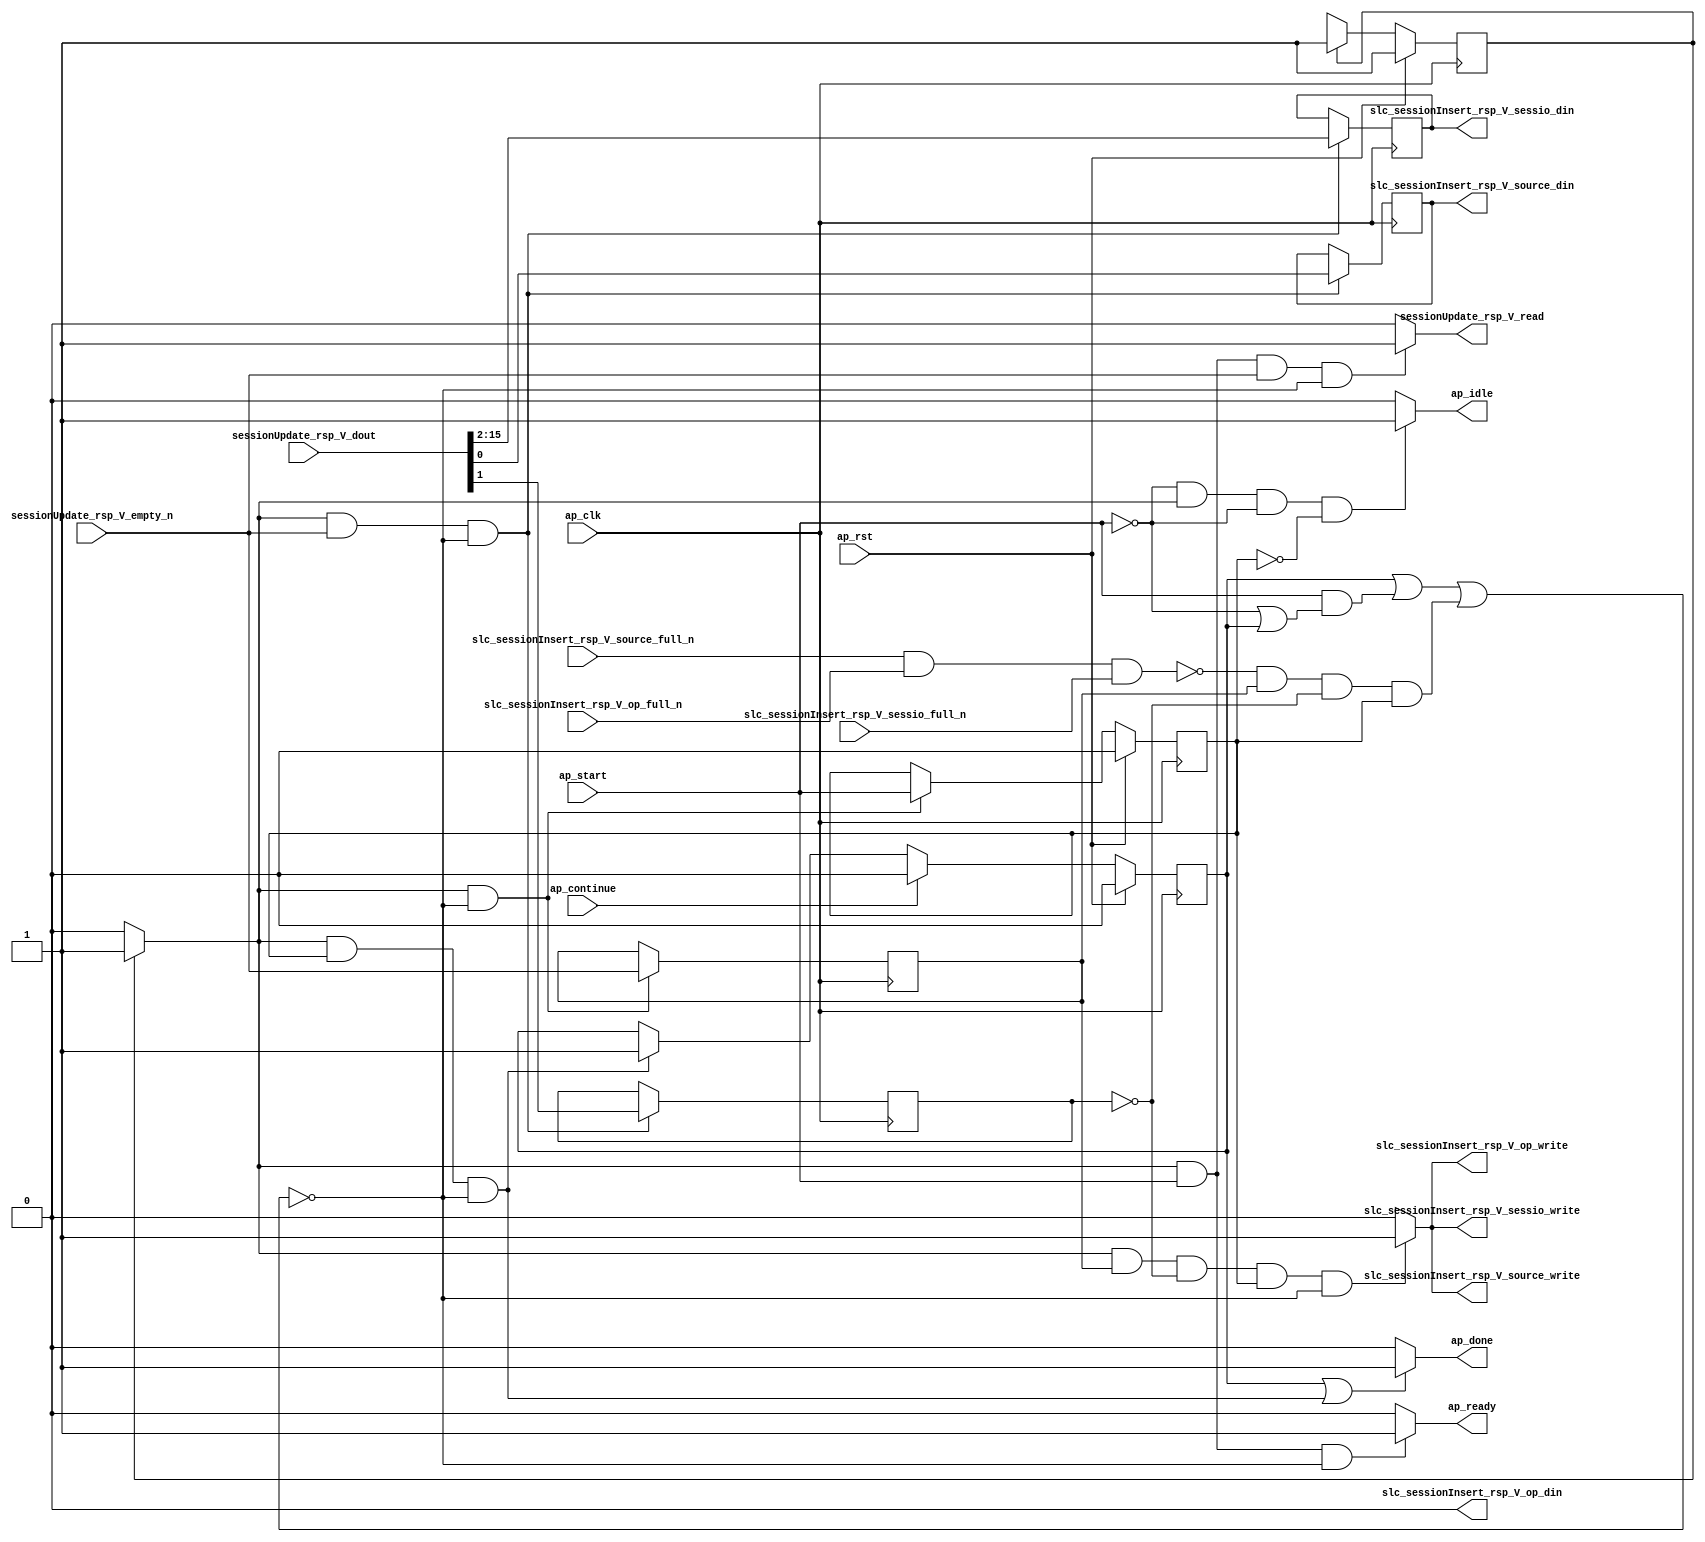
// This program was cloned from: https://github.com/mustafabbas/ECE1373_2016_hft_on_fpga
// License: MIT License

// ==============================================================
// RTL generated by Vivado(TM) HLS - High-Level Synthesis from C, C++ and SystemC
// Version: 2015.1
// Copyright (C) 2015 Xilinx Inc. All rights reserved.
// 
// ===========================================================

`timescale 1 ns / 1 ps 

module toe_updateReplyHandler (
        ap_clk,
        ap_rst,
        ap_start,
        ap_done,
        ap_continue,
        ap_idle,
        ap_ready,
        sessionUpdate_rsp_V_dout,
        sessionUpdate_rsp_V_empty_n,
        sessionUpdate_rsp_V_read,
        slc_sessionInsert_rsp_V_source_din,
        slc_sessionInsert_rsp_V_source_full_n,
        slc_sessionInsert_rsp_V_source_write,
        slc_sessionInsert_rsp_V_op_din,
        slc_sessionInsert_rsp_V_op_full_n,
        slc_sessionInsert_rsp_V_op_write,
        slc_sessionInsert_rsp_V_sessio_din,
        slc_sessionInsert_rsp_V_sessio_full_n,
        slc_sessionInsert_rsp_V_sessio_write
);

parameter    ap_const_logic_1 = 1'b1;
parameter    ap_const_logic_0 = 1'b0;
parameter    ap_ST_pp0_stg0_fsm_0 = 1'b1;
parameter    ap_const_lv32_0 = 32'b00000000000000000000000000000000;
parameter    ap_const_lv1_1 = 1'b1;
parameter    ap_const_lv1_0 = 1'b0;
parameter    ap_const_lv32_1 = 32'b1;
parameter    ap_const_lv32_2 = 32'b10;
parameter    ap_const_lv32_F = 32'b1111;
parameter    ap_true = 1'b1;

input   ap_clk;
input   ap_rst;
input   ap_start;
output   ap_done;
input   ap_continue;
output   ap_idle;
output   ap_ready;
input  [15:0] sessionUpdate_rsp_V_dout;
input   sessionUpdate_rsp_V_empty_n;
output   sessionUpdate_rsp_V_read;
output  [0:0] slc_sessionInsert_rsp_V_source_din;
input   slc_sessionInsert_rsp_V_source_full_n;
output   slc_sessionInsert_rsp_V_source_write;
output  [0:0] slc_sessionInsert_rsp_V_op_din;
input   slc_sessionInsert_rsp_V_op_full_n;
output   slc_sessionInsert_rsp_V_op_write;
output  [13:0] slc_sessionInsert_rsp_V_sessio_din;
input   slc_sessionInsert_rsp_V_sessio_full_n;
output   slc_sessionInsert_rsp_V_sessio_write;

reg ap_done;
reg ap_idle;
reg ap_ready;
reg sessionUpdate_rsp_V_read;
reg    ap_done_reg = 1'b0;
(* fsm_encoding = "none" *) reg   [0:0] ap_CS_fsm = 1'b1;
reg    ap_sig_cseq_ST_pp0_stg0_fsm_0;
reg    ap_sig_bdd_20;
wire    ap_reg_ppiten_pp0_it0;
reg    ap_reg_ppiten_pp0_it1 = 1'b0;
wire   [0:0] tmp15_nbreadreq_fu_68_p3;
reg    ap_sig_bdd_49;
wire    slc_sessionInsert_rsp_V_op1_status;
reg   [0:0] tmp15_reg_119;
reg   [0:0] tmp_906_reg_128;
reg    ap_sig_bdd_60;
wire   [0:0] tmp_source_fu_97_p1;
reg   [0:0] tmp_source_reg_123;
reg   [13:0] tmp_sessionID_V_reg_132;
reg    slc_sessionInsert_rsp_V_op1_update;
reg   [0:0] ap_NS_fsm;
reg    ap_sig_pprstidle_pp0;




/// the current state (ap_CS_fsm) of the state machine. ///
always @ (posedge ap_clk)
begin : ap_ret_ap_CS_fsm
    if (ap_rst == 1'b1) begin
        ap_CS_fsm <= ap_ST_pp0_stg0_fsm_0;
    end else begin
        ap_CS_fsm <= ap_NS_fsm;
    end
end

/// ap_done_reg assign process. ///
always @ (posedge ap_clk)
begin : ap_ret_ap_done_reg
    if (ap_rst == 1'b1) begin
        ap_done_reg <= ap_const_logic_0;
    end else begin
        if ((ap_const_logic_1 == ap_continue)) begin
            ap_done_reg <= ap_const_logic_0;
        end else if (((ap_const_logic_1 == ap_sig_cseq_ST_pp0_stg0_fsm_0) & (ap_const_logic_1 == ap_reg_ppiten_pp0_it1) & ~((ap_done_reg == ap_const_logic_1) | ((ap_const_logic_1 == ap_reg_ppiten_pp0_it0) & ap_sig_bdd_49) | (ap_sig_bdd_60 & (ap_const_logic_1 == ap_reg_ppiten_pp0_it1))))) begin
            ap_done_reg <= ap_const_logic_1;
        end
    end
end

/// ap_reg_ppiten_pp0_it1 assign process. ///
always @ (posedge ap_clk)
begin : ap_ret_ap_reg_ppiten_pp0_it1
    if (ap_rst == 1'b1) begin
        ap_reg_ppiten_pp0_it1 <= ap_const_logic_0;
    end else begin
        if (((ap_const_logic_1 == ap_sig_cseq_ST_pp0_stg0_fsm_0) & ~((ap_done_reg == ap_const_logic_1) | ((ap_const_logic_1 == ap_reg_ppiten_pp0_it0) & ap_sig_bdd_49) | (ap_sig_bdd_60 & (ap_const_logic_1 == ap_reg_ppiten_pp0_it1))))) begin
            ap_reg_ppiten_pp0_it1 <= ap_reg_ppiten_pp0_it0;
        end
    end
end

/// assign process. ///
always @(posedge ap_clk)
begin
    if (((ap_const_logic_1 == ap_sig_cseq_ST_pp0_stg0_fsm_0) & ~((ap_done_reg == ap_const_logic_1) | ((ap_const_logic_1 == ap_reg_ppiten_pp0_it0) & ap_sig_bdd_49) | (ap_sig_bdd_60 & (ap_const_logic_1 == ap_reg_ppiten_pp0_it1))))) begin
        tmp15_reg_119 <= tmp15_nbreadreq_fu_68_p3;
    end
end

/// assign process. ///
always @(posedge ap_clk)
begin
    if (((ap_const_logic_1 == ap_sig_cseq_ST_pp0_stg0_fsm_0) & ~(tmp15_nbreadreq_fu_68_p3 == ap_const_lv1_0) & ~((ap_done_reg == ap_const_logic_1) | ((ap_const_logic_1 == ap_reg_ppiten_pp0_it0) & ap_sig_bdd_49) | (ap_sig_bdd_60 & (ap_const_logic_1 == ap_reg_ppiten_pp0_it1))))) begin
        tmp_906_reg_128 <= sessionUpdate_rsp_V_dout[ap_const_lv32_1];
        tmp_sessionID_V_reg_132 <= {{sessionUpdate_rsp_V_dout[ap_const_lv32_F : ap_const_lv32_2]}};
        tmp_source_reg_123 <= tmp_source_fu_97_p1;
    end
end

/// ap_done assign process. ///
always @ (ap_done_reg or ap_sig_cseq_ST_pp0_stg0_fsm_0 or ap_reg_ppiten_pp0_it0 or ap_reg_ppiten_pp0_it1 or ap_sig_bdd_49 or ap_sig_bdd_60)
begin
    if (((ap_const_logic_1 == ap_done_reg) | ((ap_const_logic_1 == ap_sig_cseq_ST_pp0_stg0_fsm_0) & (ap_const_logic_1 == ap_reg_ppiten_pp0_it1) & ~((ap_done_reg == ap_const_logic_1) | ((ap_const_logic_1 == ap_reg_ppiten_pp0_it0) & ap_sig_bdd_49) | (ap_sig_bdd_60 & (ap_const_logic_1 == ap_reg_ppiten_pp0_it1)))))) begin
        ap_done = ap_const_logic_1;
    end else begin
        ap_done = ap_const_logic_0;
    end
end

/// ap_idle assign process. ///
always @ (ap_start or ap_sig_cseq_ST_pp0_stg0_fsm_0 or ap_reg_ppiten_pp0_it0 or ap_reg_ppiten_pp0_it1)
begin
    if ((~(ap_const_logic_1 == ap_start) & (ap_const_logic_1 == ap_sig_cseq_ST_pp0_stg0_fsm_0) & (ap_const_logic_0 == ap_reg_ppiten_pp0_it0) & (ap_const_logic_0 == ap_reg_ppiten_pp0_it1))) begin
        ap_idle = ap_const_logic_1;
    end else begin
        ap_idle = ap_const_logic_0;
    end
end

/// ap_ready assign process. ///
always @ (ap_done_reg or ap_sig_cseq_ST_pp0_stg0_fsm_0 or ap_reg_ppiten_pp0_it0 or ap_reg_ppiten_pp0_it1 or ap_sig_bdd_49 or ap_sig_bdd_60)
begin
    if (((ap_const_logic_1 == ap_sig_cseq_ST_pp0_stg0_fsm_0) & (ap_const_logic_1 == ap_reg_ppiten_pp0_it0) & ~((ap_done_reg == ap_const_logic_1) | ((ap_const_logic_1 == ap_reg_ppiten_pp0_it0) & ap_sig_bdd_49) | (ap_sig_bdd_60 & (ap_const_logic_1 == ap_reg_ppiten_pp0_it1))))) begin
        ap_ready = ap_const_logic_1;
    end else begin
        ap_ready = ap_const_logic_0;
    end
end

/// ap_sig_cseq_ST_pp0_stg0_fsm_0 assign process. ///
always @ (ap_sig_bdd_20)
begin
    if (ap_sig_bdd_20) begin
        ap_sig_cseq_ST_pp0_stg0_fsm_0 = ap_const_logic_1;
    end else begin
        ap_sig_cseq_ST_pp0_stg0_fsm_0 = ap_const_logic_0;
    end
end

/// ap_sig_pprstidle_pp0 assign process. ///
always @ (ap_start or ap_reg_ppiten_pp0_it0)
begin
    if (((ap_const_logic_0 == ap_reg_ppiten_pp0_it0) & (ap_const_logic_0 == ap_start))) begin
        ap_sig_pprstidle_pp0 = ap_const_logic_1;
    end else begin
        ap_sig_pprstidle_pp0 = ap_const_logic_0;
    end
end

/// sessionUpdate_rsp_V_read assign process. ///
always @ (ap_done_reg or ap_sig_cseq_ST_pp0_stg0_fsm_0 or ap_reg_ppiten_pp0_it0 or ap_reg_ppiten_pp0_it1 or tmp15_nbreadreq_fu_68_p3 or ap_sig_bdd_49 or ap_sig_bdd_60)
begin
    if (((ap_const_logic_1 == ap_sig_cseq_ST_pp0_stg0_fsm_0) & (ap_const_logic_1 == ap_reg_ppiten_pp0_it0) & ~(tmp15_nbreadreq_fu_68_p3 == ap_const_lv1_0) & ~((ap_done_reg == ap_const_logic_1) | ((ap_const_logic_1 == ap_reg_ppiten_pp0_it0) & ap_sig_bdd_49) | (ap_sig_bdd_60 & (ap_const_logic_1 == ap_reg_ppiten_pp0_it1))))) begin
        sessionUpdate_rsp_V_read = ap_const_logic_1;
    end else begin
        sessionUpdate_rsp_V_read = ap_const_logic_0;
    end
end

/// slc_sessionInsert_rsp_V_op1_update assign process. ///
always @ (ap_done_reg or ap_sig_cseq_ST_pp0_stg0_fsm_0 or ap_reg_ppiten_pp0_it0 or ap_reg_ppiten_pp0_it1 or ap_sig_bdd_49 or tmp15_reg_119 or tmp_906_reg_128 or ap_sig_bdd_60)
begin
    if (((ap_const_logic_1 == ap_sig_cseq_ST_pp0_stg0_fsm_0) & ~(ap_const_lv1_0 == tmp15_reg_119) & (ap_const_lv1_0 == tmp_906_reg_128) & (ap_const_logic_1 == ap_reg_ppiten_pp0_it1) & ~((ap_done_reg == ap_const_logic_1) | ((ap_const_logic_1 == ap_reg_ppiten_pp0_it0) & ap_sig_bdd_49) | (ap_sig_bdd_60 & (ap_const_logic_1 == ap_reg_ppiten_pp0_it1))))) begin
        slc_sessionInsert_rsp_V_op1_update = ap_const_logic_1;
    end else begin
        slc_sessionInsert_rsp_V_op1_update = ap_const_logic_0;
    end
end
/// the next state (ap_NS_fsm) of the state machine. ///
always @ (ap_done_reg or ap_CS_fsm or ap_reg_ppiten_pp0_it0 or ap_reg_ppiten_pp0_it1 or ap_sig_bdd_49 or ap_sig_bdd_60 or ap_sig_pprstidle_pp0)
begin
    case (ap_CS_fsm)
        ap_ST_pp0_stg0_fsm_0 : 
        begin
            ap_NS_fsm = ap_ST_pp0_stg0_fsm_0;
        end
        default : 
        begin
            ap_NS_fsm = 'bx;
        end
    endcase
end

assign ap_reg_ppiten_pp0_it0 = ap_start;

/// ap_sig_bdd_20 assign process. ///
always @ (ap_CS_fsm)
begin
    ap_sig_bdd_20 = (ap_CS_fsm[ap_const_lv32_0] == ap_const_lv1_1);
end

/// ap_sig_bdd_49 assign process. ///
always @ (ap_start or ap_done_reg or sessionUpdate_rsp_V_empty_n or tmp15_nbreadreq_fu_68_p3)
begin
    ap_sig_bdd_49 = (((sessionUpdate_rsp_V_empty_n == ap_const_logic_0) & ~(tmp15_nbreadreq_fu_68_p3 == ap_const_lv1_0)) | (ap_start == ap_const_logic_0) | (ap_done_reg == ap_const_logic_1));
end

/// ap_sig_bdd_60 assign process. ///
always @ (slc_sessionInsert_rsp_V_op1_status or tmp15_reg_119 or tmp_906_reg_128)
begin
    ap_sig_bdd_60 = ((slc_sessionInsert_rsp_V_op1_status == ap_const_logic_0) & ~(ap_const_lv1_0 == tmp15_reg_119) & (ap_const_lv1_0 == tmp_906_reg_128));
end
assign slc_sessionInsert_rsp_V_op1_status = (slc_sessionInsert_rsp_V_source_full_n & slc_sessionInsert_rsp_V_op_full_n & slc_sessionInsert_rsp_V_sessio_full_n);
assign slc_sessionInsert_rsp_V_op_din = ap_const_lv1_0;
assign slc_sessionInsert_rsp_V_op_write = slc_sessionInsert_rsp_V_op1_update;
assign slc_sessionInsert_rsp_V_sessio_din = tmp_sessionID_V_reg_132;
assign slc_sessionInsert_rsp_V_sessio_write = slc_sessionInsert_rsp_V_op1_update;
assign slc_sessionInsert_rsp_V_source_din = tmp_source_reg_123;
assign slc_sessionInsert_rsp_V_source_write = slc_sessionInsert_rsp_V_op1_update;
assign tmp15_nbreadreq_fu_68_p3 = sessionUpdate_rsp_V_empty_n;
assign tmp_source_fu_97_p1 = sessionUpdate_rsp_V_dout[0:0];


endmodule //toe_updateReplyHandler